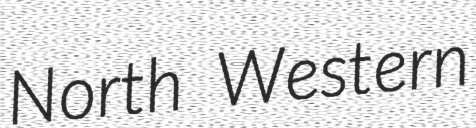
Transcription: North Western